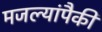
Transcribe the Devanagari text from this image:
मजल्यांपैकी